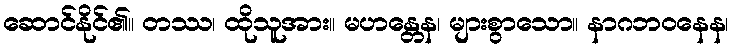
ဆောင်နိုင်၏။ တဿ၊ ထိုသူအား။ မဟန္တေန၊ များစွာသော။ နာဂဘဝနေန၊